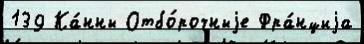
139 Ка́нны Отбо́рочныjе Фра́нциjа